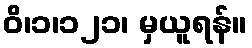
ဝိ၊၁၊၁၂၁၊ မှယူရန်။